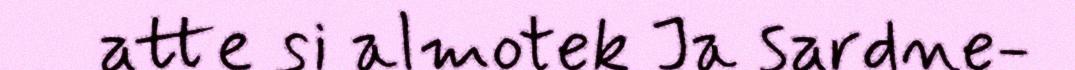
atte si almotek Ja sardne-